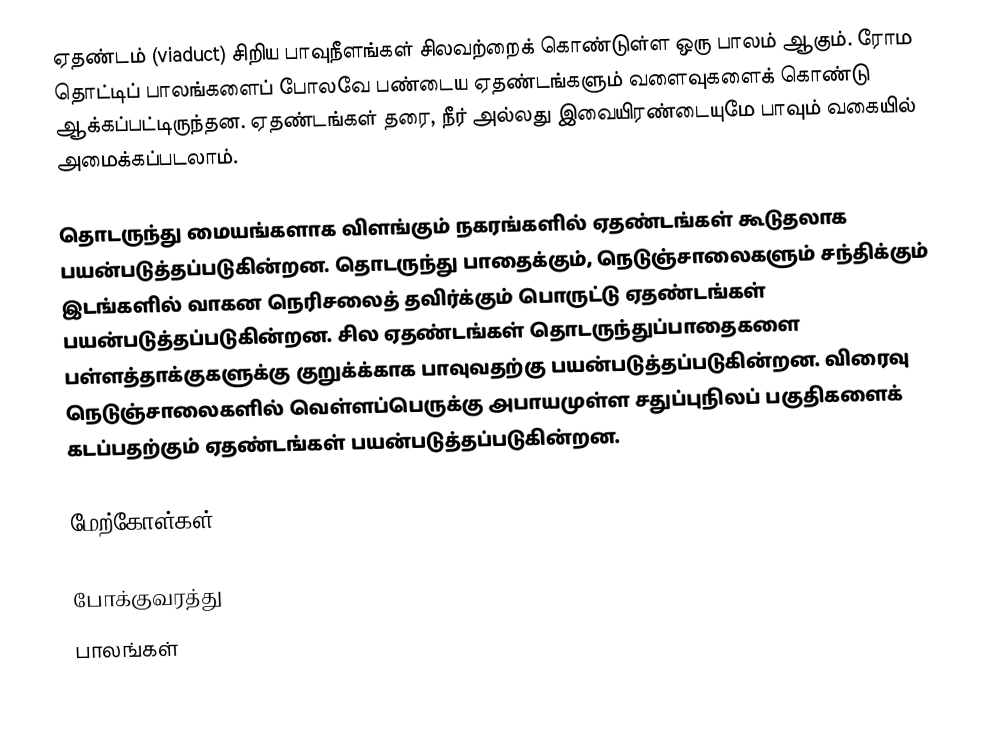
ஏதண்டம் (viaduct) சிறிய பாவுநீளங்கள் சிலவற்றைக் கொண்டுள்ள ஒரு பாலம் ஆகும். ரோம தொட்டிப் பாலங்களைப் போலவே பண்டைய ஏதண்டங்களும் வளைவுகளைக் கொண்டு ஆக்கப்பட்டிருந்தன. ஏதண்டங்கள் தரை, நீர் அல்லது இவையிரண்டையுமே பாவும் வகையில் அமைக்கப்படலாம்.

தொடருந்து மையங்களாக விளங்கும் நகரங்களில் ஏதண்டங்கள் கூடுதலாக பயன்படுத்தப்படுகின்றன. தொடருந்து பாதைக்கும், நெடுஞ்சாலைகளும் சந்திக்கும் இடங்களில் வாகன நெரிசலைத் தவிர்க்கும் பொருட்டு ஏதண்டங்கள் பயன்படுத்தப்படுகின்றன. சில ஏதண்டங்கள் தொடருந்துப்பாதைகளை பள்ளத்தாக்குகளுக்கு குறுக்க்காக பாவுவதற்கு பயன்படுத்தப்படுகின்றன. விரைவு நெடுஞ்சாலைகளில் வெள்ளப்பெருக்கு அபாயமுள்ள சதுப்புநிலப் பகுதிகளைக் கடப்பதற்கும் ஏதண்டங்கள் பயன்படுத்தப்படுகின்றன.

மேற்கோள்கள்

போக்குவரத்து
பாலங்கள்